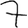
Digit: 7